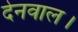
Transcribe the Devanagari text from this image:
देनवाल।